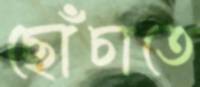
ছোঁচাতে